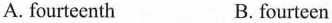
A. fourteenth B. fourteen